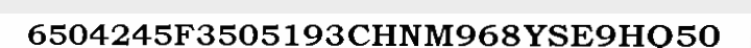
6504245F3505193CHNM968YSE9HQ50